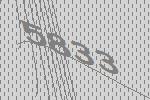
5833